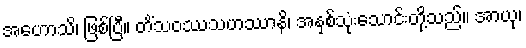
အဟောသိ၊ ဖြစ်ပြီ။ တိံသဝဿသဟဿာနိ၊ အနှစ်သုံးသောင်းတို့သည်။ အာယု၊